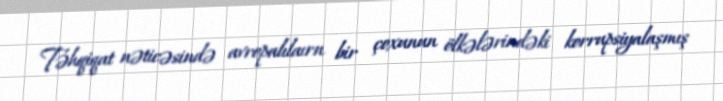
Təhqiqat nəticəsində avropalılaırn bir çoxunun ölkələrindəki korrupsiyalaşmış